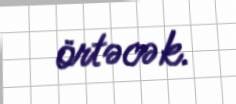
örtəcək.